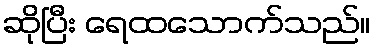
ဆိုပြီး ရေထသောက်သည်။